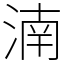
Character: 湳